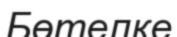
Бөтелке